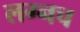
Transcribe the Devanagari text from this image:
लग्नच